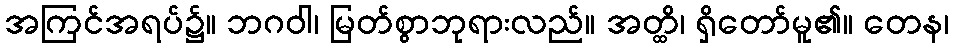
အကြင်အရပ်၌။ ဘဂဝါ၊ မြတ်စွာဘုရားလည်။ အတ္ထိ၊ ရှိတော်မူ၏။ တေန၊